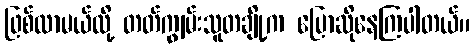
ဖြစ်လာမယ်လို့ တတ်ကျွမ်းသူတချို့က ပြောဆိုနေကြပါတယ်။